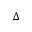
\Delta